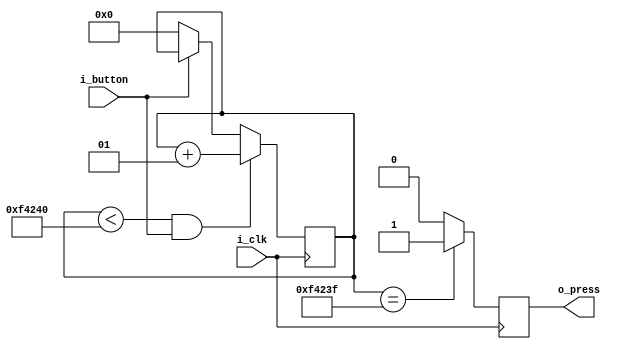
`define clockFreq 100000000 //In Hertz
`define minPulseWidth 0.01
//`define clockCount `minPulseWidth*`clockFreq

module singlePulseDebounce(
input       i_clk,
input       i_button,
output reg  o_press
);

integer counter=0;
parameter clockCount = 1000000;

always @(posedge i_clk)
begin
    if((counter < clockCount)&i_button)
        counter <= counter+1;
    else if(!i_button)
        counter <= 0;
end

// Once running for 10 milliseconds, 1 would stays high.
always @(posedge i_clk)
begin
    if(counter == clockCount-1) // This generates only a signel pulse
        o_press <= 1'b1;
    else
        o_press <= 1'b0;
end


endmodule